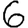
Digit: 6